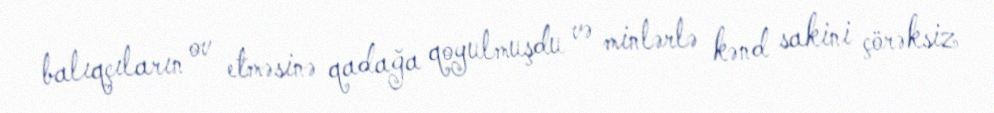
balıqçıların ov etməsinə qadağa qoyulmuşdu və minlərlə kənd sakini çörəksiz